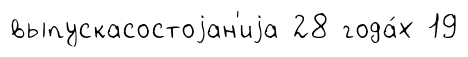
выпускасостоjан'иjа 28 года́х 19